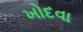
ખોદવા